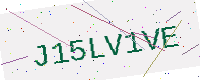
Text: J15LV1VE